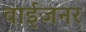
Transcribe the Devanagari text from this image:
वाईजनर